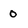
Character: O